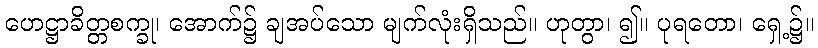
ဟေဋ္ဌာခိတ္တစက္ခု၊ အောက်၌ ချအပ်သော မျက်လုံးရှိသည်။ ဟုတွာ၊ ၍။ ပုရတော၊ ရှေ့၌။